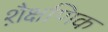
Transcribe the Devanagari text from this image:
शै़क्षणिक